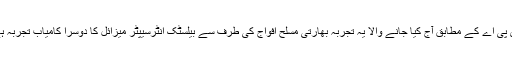
ڈی پی اے کے مطابق آج کیا جانے والا یہ تجربہ بھارتی مسلح افواج کی طرف سے بیلسٹک انٹرسیپٹر میزائل کا دوسرا کامیاب تجربہ ہے۔